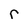
Character: r